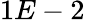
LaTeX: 1E-2